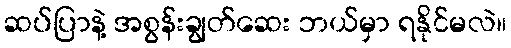
ဆပ်ပြာနဲ့ အစွန်းချွတ်ဆေး ဘယ်မှာ ရနိုင်မလဲ။